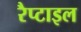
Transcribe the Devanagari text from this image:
रैप्टाइल